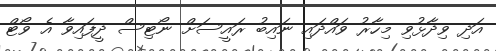
އަދި ވިދާޅުވި މިހާރު ވައްދައި ނައިބު ރައީސަށް ނޯޓިސް ދީފައިވާ އެ ވޯޓް